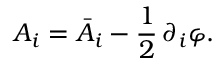
A _ { i } = \bar { A } _ { i } - \frac { 1 } { 2 } \, \partial _ { i } \varphi .